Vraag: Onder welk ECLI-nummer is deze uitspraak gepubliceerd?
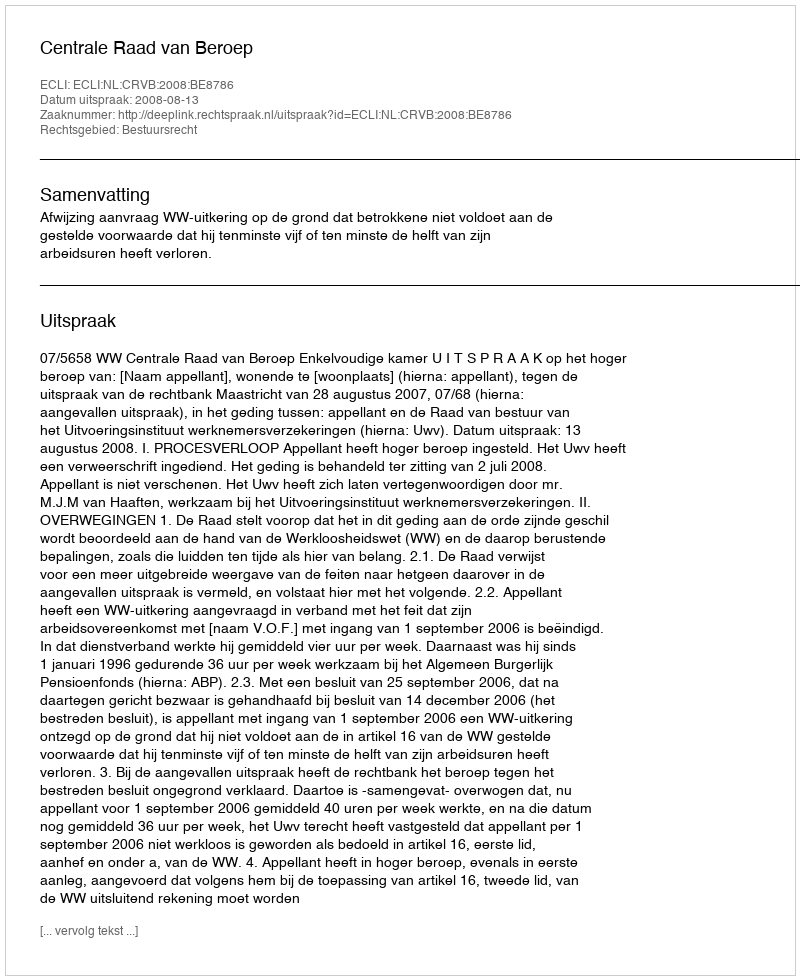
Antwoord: ECLI:NL:CRVB:2008:BE8786